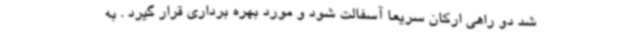
شد دو راهی ارکان سریعا آسفالت شود و مورد بهره برداری قرار گیرد . به